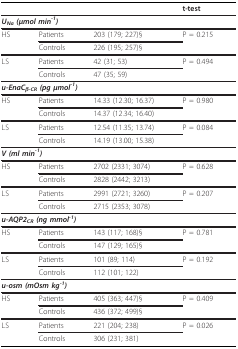
|  |  |  | t-test |
 | --- | --- | --- | --- |
 | <COLSPAN=4> UNa (μmol min-1) |
 | HS | Patients | 203 (179; 227)§ | P = 0.215 |
 |  | Controls | 226 (195; 257)§ |  |
 | LS | Patients | 42 (31; 53) | P = 0.494 |
 |  | Controls | 47 (35; 59) |  |
 | <COLSPAN=4> u-EnaCβ-CR (pg μmol-1) |
 | HS | Patients | 14.33 (12.30; 16.37) | P = 0.980 |
 |  | Controls | 14.37 (12.34; 16.40) |  |
 | LS | Patients | 12.54 (11.35; 13.74) | P = 0.084 |
 |  | Controls | 14.19 (13.00; 15.38) |  |
 | <COLSPAN=4> V (ml min-1) |
 | HS | Patients | 2702 (2331; 3074) | P = 0.628 |
 |  | Controls | 2828 (2442; 3213) |  |
 | LS | Patients | 2991 (2721; 3260) | P = 0.207 |
 |  | Controls | 2715 (2353; 3078) |  |
 | <COLSPAN=4> u-AQP2CR (ng mmol-1) |
 | HS | Patients | 143 (117; 168)§ | P = 0.781 |
 |  | Controls | 147 (129; 165)§ |  |
 | LS | Patients | 101 (89; 114) | P = 0.192 |
 |  | Controls | 112 (101; 122) |  |
 | <COLSPAN=4> u-osm (mOsm kg-1) |
 | HS | Patients | 405 (363; 447)§ | P = 0.409 |
 |  | Controls | 436 (372; 499)§ |  |
 | LS | Patients | 221 (204; 238) | P = 0.026 |
 |  | Controls | 306 (231; 381) |  |